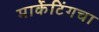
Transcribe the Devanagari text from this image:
मार्केटिंगचा